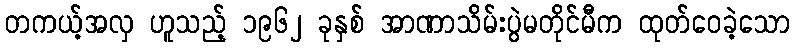
တကယ့်အလှ ဟူသည့် ၁၉၆၂ ခုနှစ် အာဏာသိမ်းပွဲမတိုင်မီက ထုတ်ဝေခဲ့သော